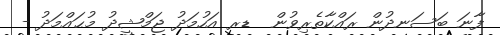
ފާނަ ބަސަނދުން ރައްކާތެރިވުން  ޑރ އަހުމަދު ޖަމްޝީދު މުޙައްމަދު -